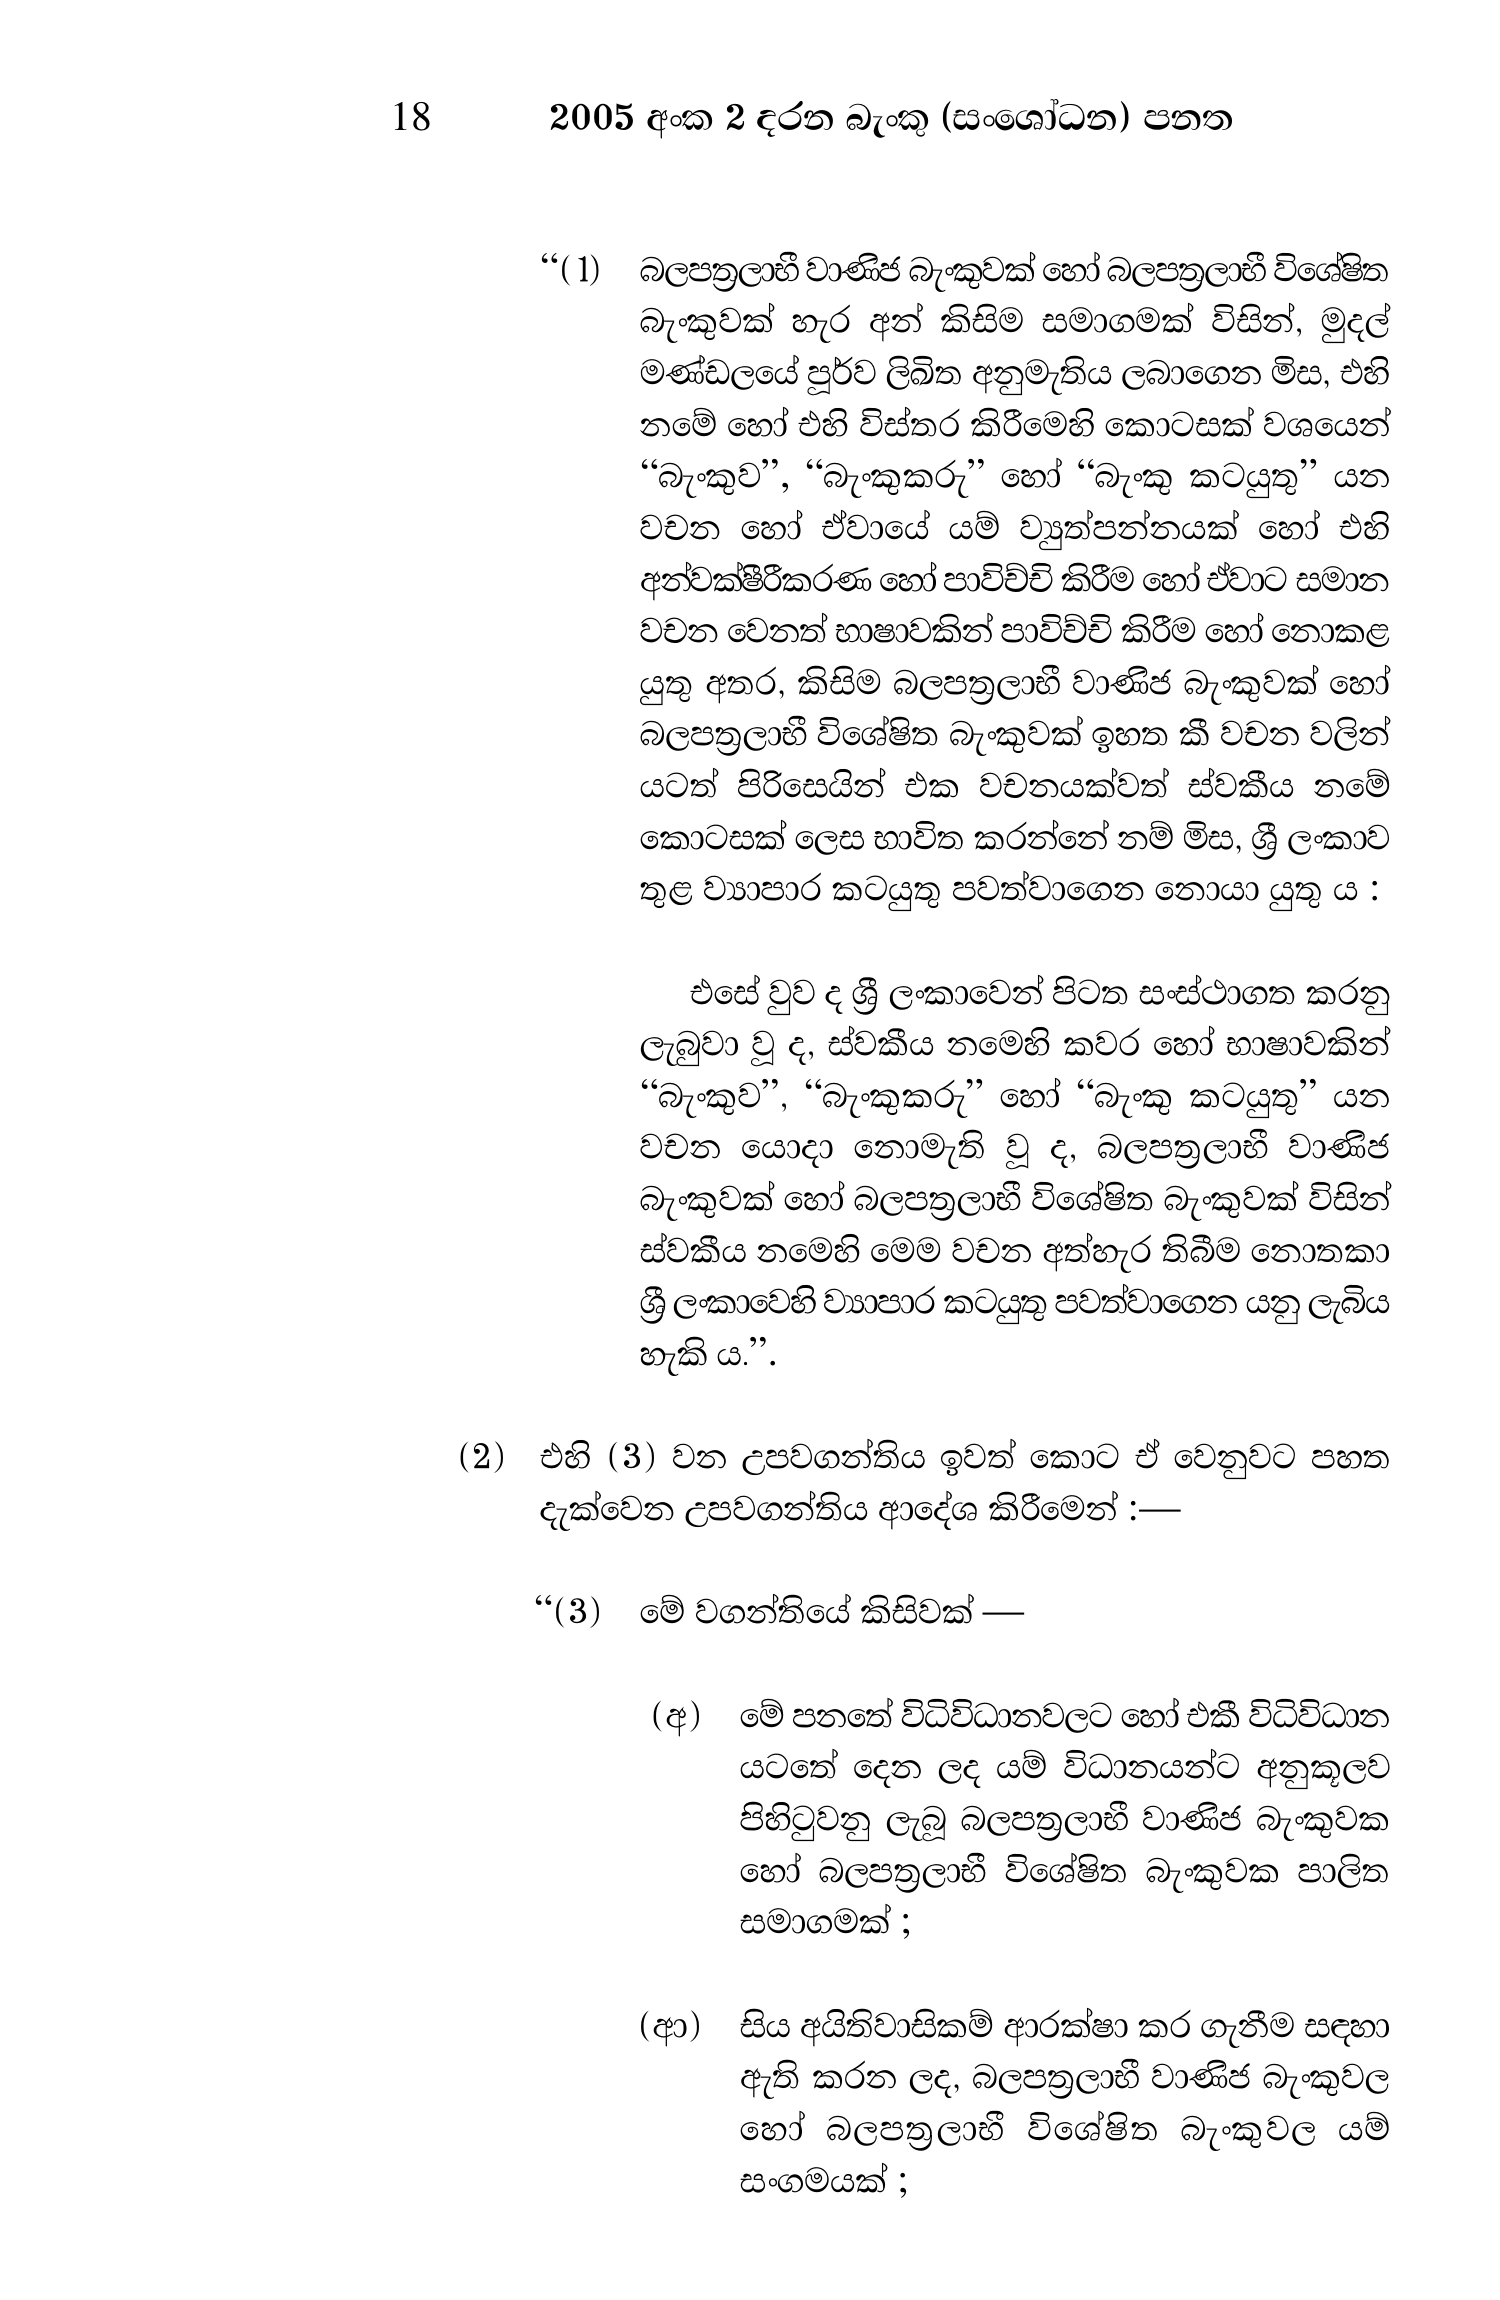
18 2005 අංක 2 දරන බැංකු (සංශෝධන) පනත

“(1) බලපත්‍රලාභී වාණිජ බැංකුවක් හෝ බලපත්‍රලාභී විශේෂිත
බැංකුවක් හැර අන් කිසිම සමාගමක් විසින්, මුදල්
මණ්ඩලයේ පූර්ව ලිඛිත අනුමැතිය ලබාගෙන මිස, එහි
නමේ හෝ එහි විස්තර කිරීමෙහි කොටසක් වශයෙන්
“බැංකුව”, “බැංකුකරු” හෝ “බැංකු කටයුතු” යන
වචන හෝ ඒවායේ යම් ව්‍යුත්පන්නයක් හෝ එහි
අන්වක්ෂීරීකරණ හෝ පාවිච්චි කිරීම හෝ ඒවාට සමාන
වචන වෙනත් භාෂාවකින් පාවිච්චි කිරීම හෝ නොකළ
යුතු අතර, කිසිම බලපත්‍රලාභී වාණිජ බැංකුවක් හෝ
බලපත්‍රලාභී විශේෂිත බැංකුවක් ඉහත කී වචන වලින්
යටත් පිරිසෙයින් එක වචනයක්වත් ස්වකීය නමේ
කොටසක් ලෙස භාවිත කරන්නේ නම් මිස, ශ්‍රී ලංකාව
තුළ ව්‍යාපාර කටයුතු පවත්වාගෙන නොයා යුතු ය :

එසේ වුව ද ශ්‍රී ලංකාවෙන් පිටත සංස්ථාගත කරනු
ලැබුවා වූ ද, ස්වකීය නමෙහි කවර හෝ භාෂාවකින්
“බැංකුව”, “බැංකුකරු” හෝ “බැංකු කටයුතු” යන
වචන යොදා නොමැති වූ ද, බලපත්‍රලාභී වාණිජ
බැංකුවක් හෝ බලපත්‍රලාභී විශේෂිත බැංකුවක් විසින්
ස්වකීය නමෙහි මෙම වචන අත්හැර තිබීම නොතකා
ශ්‍රී ලංකාවෙහි ව්‍යාපාර කටයුතු පවත්වාගෙන යනු ලැබිය
හැකි ය.”.

(2) එහි (3) වන උපවගන්තිය ඉවත් කොට ඒ වෙනුවට පහත
දැක්වෙන උපවගන්තිය ආදේශ කිරීමෙන් :—

“(3) මේ වගන්තියේ කිසිවක් -

(අ) මේ පනතේ විධිවිධානවලට හෝ එකී විධිවිධාන
යටතේ දෙන ලද යම් විධානයන්ට අනුකූලව
පිහිටුවනු ලැබූ බලපත්‍රලාභී වාණිජ බැංකුවක
හෝ බලපත්‍රලාභී විශේෂිත බැංකුවක පාලිත
සමාගමක්;

(ආ) සිය අයිතිවාසිකම් ආරක්ෂා කර ගැනීම සඳහා
ඇති කරන ලද, බලපත්‍රලාභී වාණිජ බැංකුවල
හෝ බලපත්‍රලාභී විශේෂිත බැංකුවල යම්
සංගමයක් ;